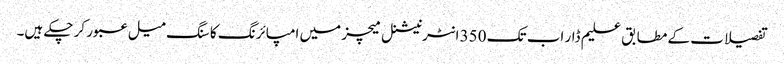
تفصیلات کے مطابق علیم ڈار اب تک 350 انٹرنیشنل میچز میں امپائرنگ کا سنگ میل عبور کر چکے ہیں۔